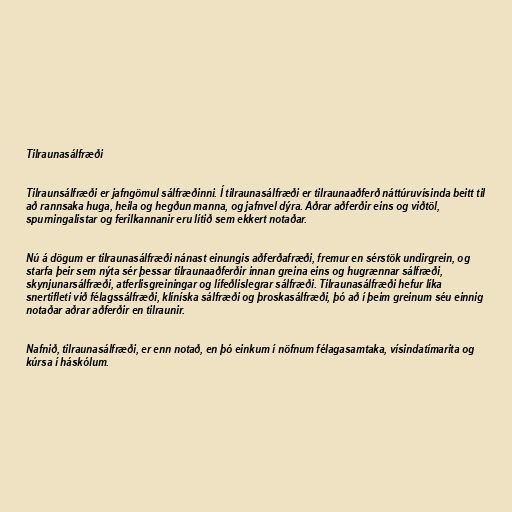
Tilraunasálfræði

Tilraunsálfræði er jafngömul sálfræðinni. Í tilraunasálfræði er tilraunaaðferð náttúruvísinda beitt til
að rannsaka huga, heila og hegðun manna, og jafnvel dýra. Aðrar aðferðir eins og viðtöl,
spurningalistar og ferilkannanir eru lítið sem ekkert notaðar.

Nú á dögum er tilraunasálfræði nánast einungis aðferðafræði, fremur en sérstök undirgrein, og
starfa þeir sem nýta sér þessar tilraunaaðferðir innan greina eins og hugrænnar sálfræði,
skynjunarsálfræði, atferlisgreiningar og lífeðlislegrar sálfræði. Tilraunasálfræði hefur líka
snertifleti við félagssálfræði, klíníska sálfræði og þroskasálfræði, þó að í þeim greinum séu einnig
notaðar aðrar aðferðir en tilraunir.

Nafnið, tilraunasálfræði, er enn notað, en þó einkum í nöfnum félagasamtaka, vísindatímarita og
kúrsa í háskólum.